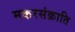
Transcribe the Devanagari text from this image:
मकरसंक्राति